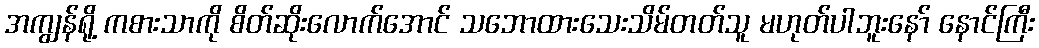
အကျွန်ရို့ ကစားသာကို စိတ်ဆိုးလောက်အောင် သဘောထားသေးသိမ်တတ်သူ မဟုတ်ပါဘူးနော် နောင်ကြီး